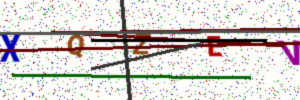
Text: XQZEV